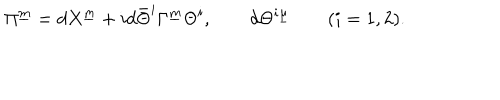
LaTeX: \Pi ^ { \underline { { m } } } = d X ^ { \underline { { m } } } + i d \bar { \Theta } ^ { i } \Gamma ^ { \underline { { m } } } \Theta ^ { i } , \qquad d \Theta ^ { i \underline { { \mu } } } \qquad ( i = 1 , 2 ) .